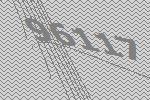
96117